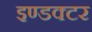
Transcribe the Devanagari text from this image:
इण्डक्टर